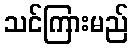
သင်ကြားမည်